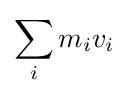
\sum _{i}m_{i}v_{i}